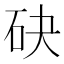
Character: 砄